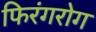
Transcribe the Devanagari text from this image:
फिरंगरोग